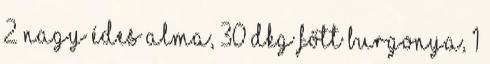
2 nagy édes alma, 30 dkg főtt burgonya, 1